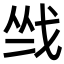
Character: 𢦺